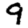
Digit: 9